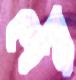
শেয়